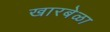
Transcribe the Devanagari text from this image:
खारबेळा